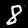
Label: 8